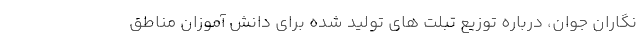
نگاران جوان، درباره توزیع تبلت های تولید شده برای دانش آموزان مناطق